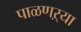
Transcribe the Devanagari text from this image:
पाळणऱ्या